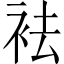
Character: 袪